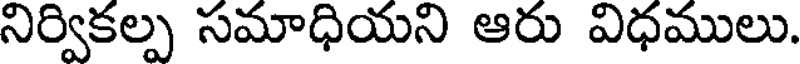
నిర్వికల్ప సమాధియని ఆరు విధములు.